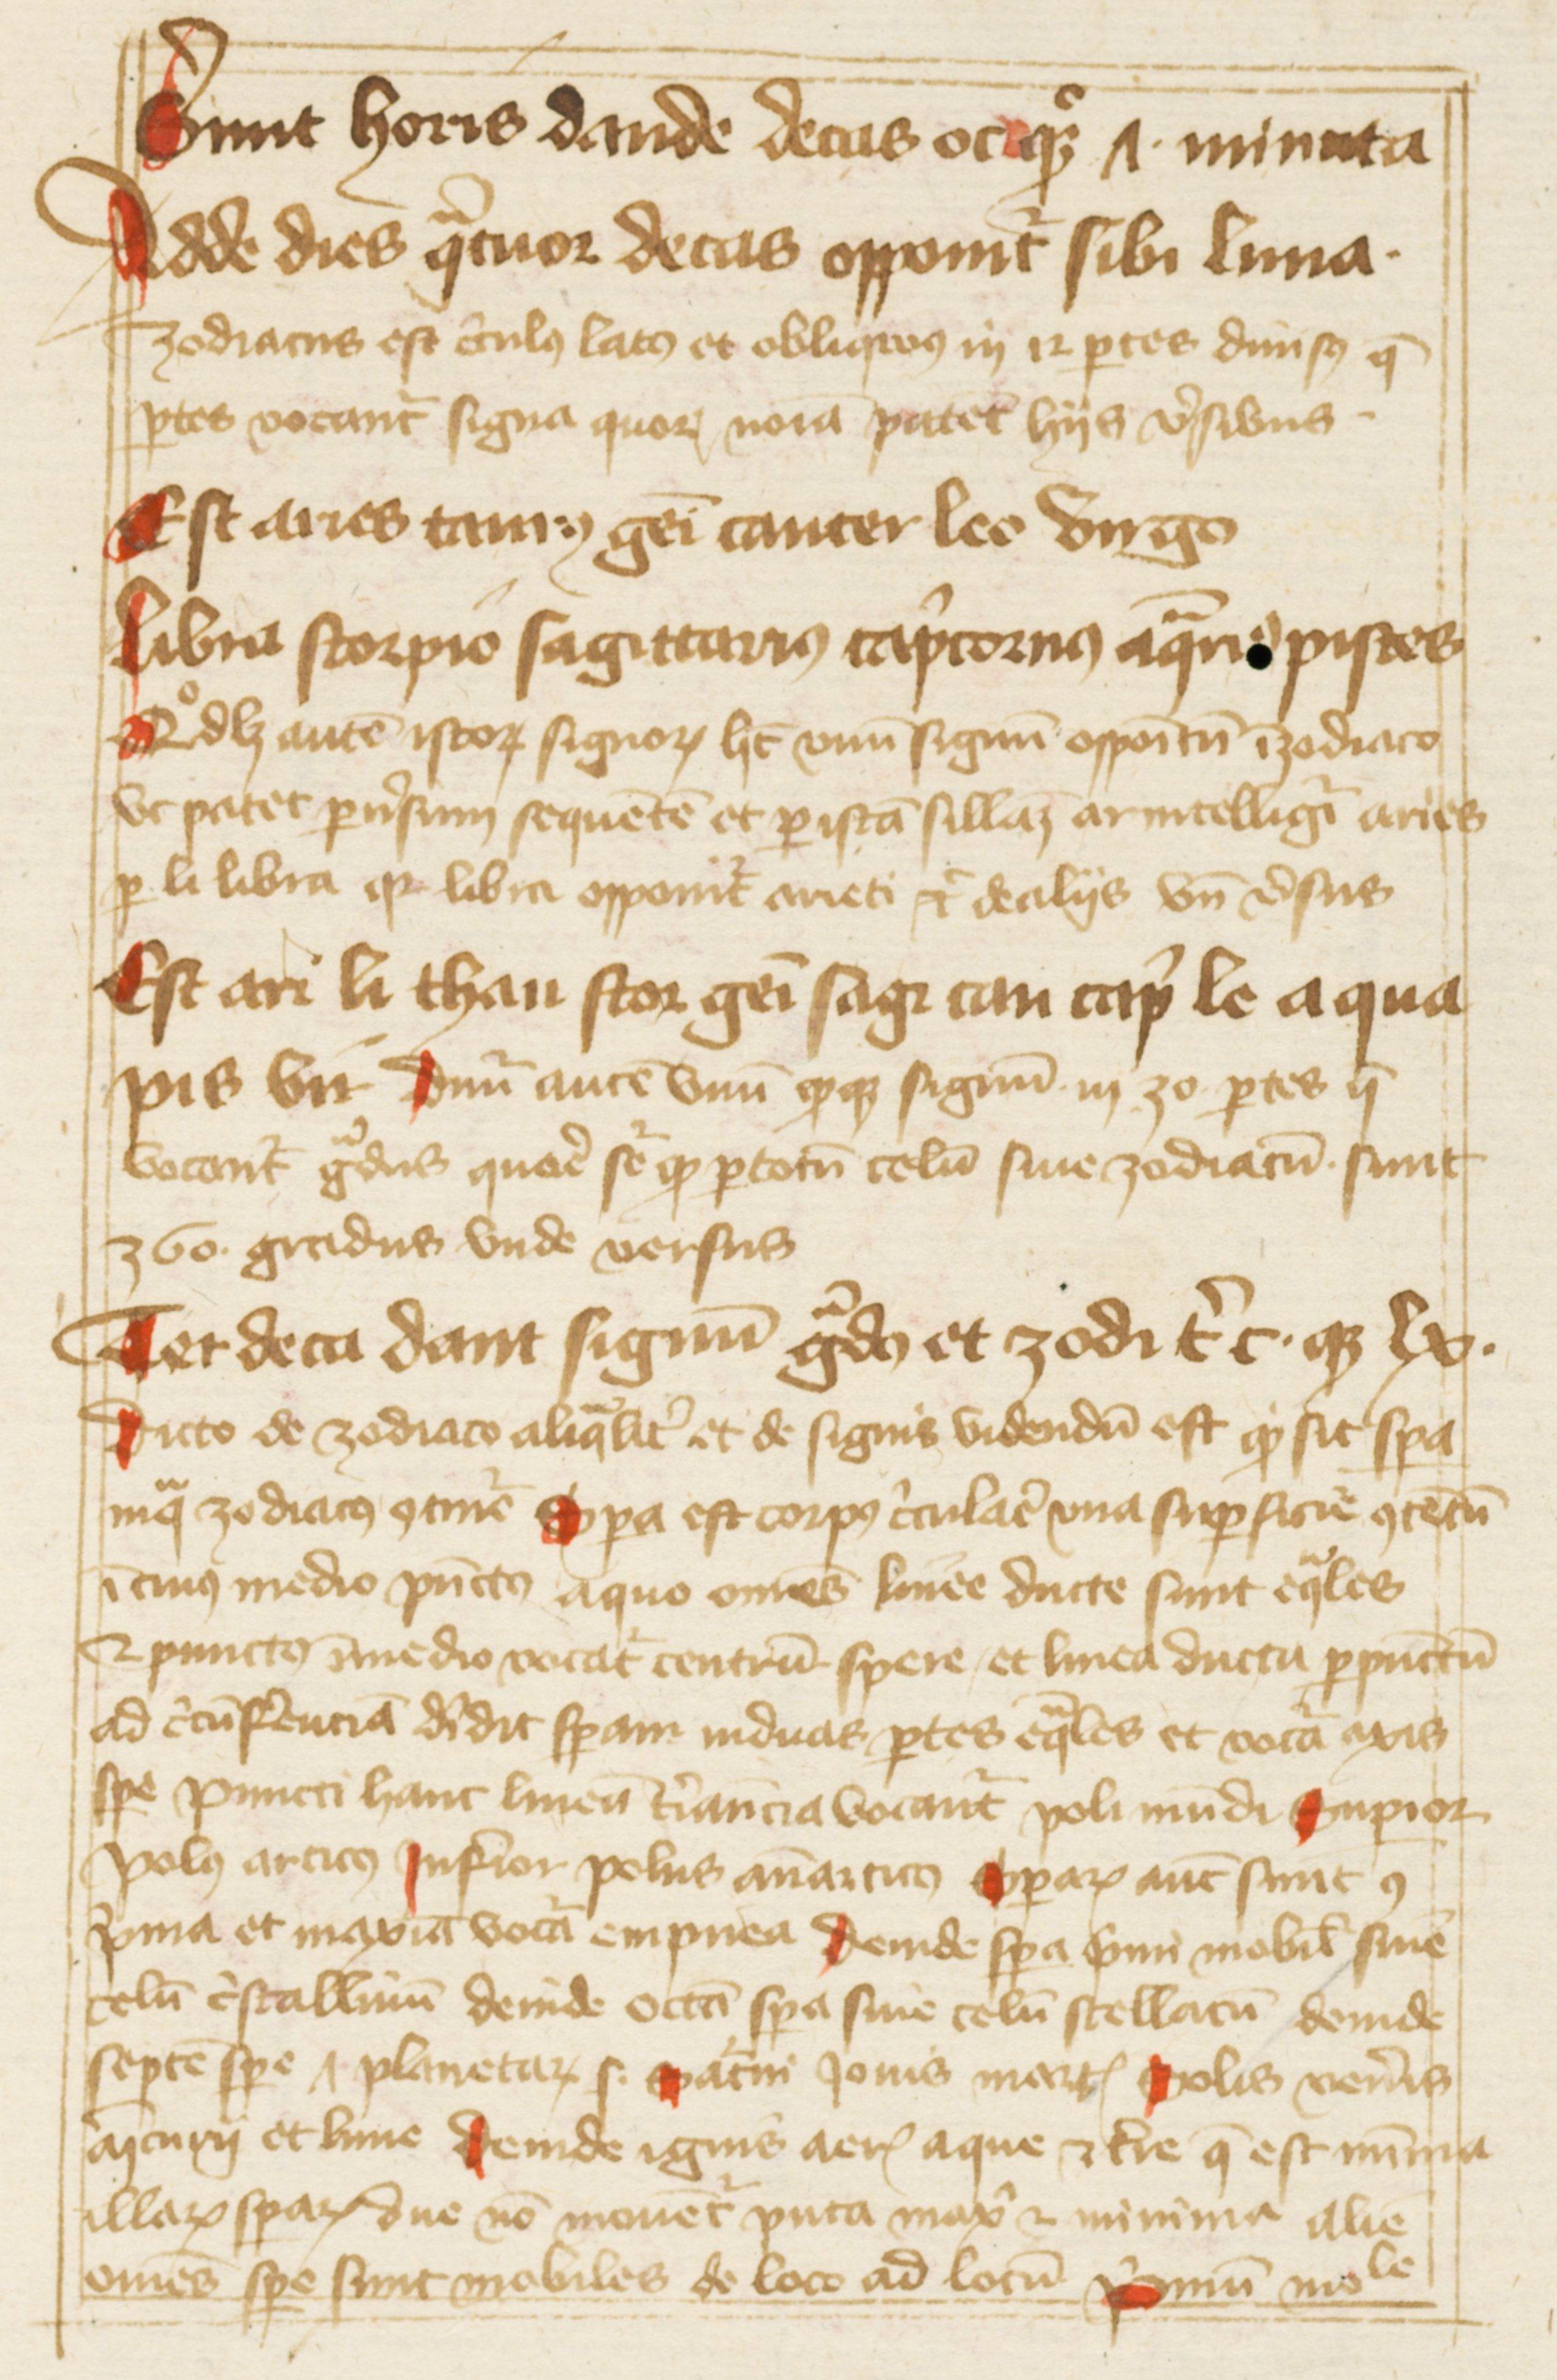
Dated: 1388–1394